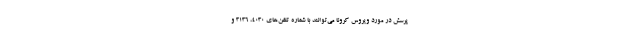
پرسش در مورد ویروس کرونا می‌توانند با شماره تلفن‌های ۴۰۳۰، ۳۱۳۶ و